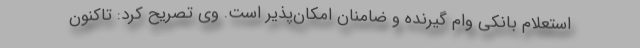
استعلام بانکی وام گیرنده و ضامنان امکان‌پذیر است. وی تصریح کرد: تاکنون